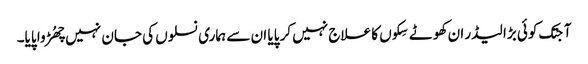
آجتک کوئی بڑا لیڈر ان کھوٹے سِکوں کا علاج نہیں کر پایا ان سے ہماری نسلوں کی جان نہیں چھُڑوا پایا۔